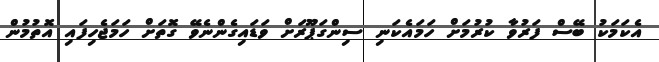
އެކަމަކު ބޭސް ފަރުވާ ކުރުމަށް ހަމައެކަނި ސިންގަޕޫރަށް ވަަޑައިގެންނެވޭ ގޮތަށް ހަމަޖެހިފައި އޮތުމުން